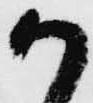
か